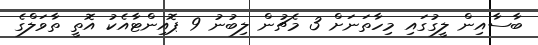
ބާސާއިން ލީގުގައި މިހާތަނަށް 3 މެޗުން ލިބުނު 9 ޕޮއިންޓާއެކު އޮތީ ތާވަލްގެ